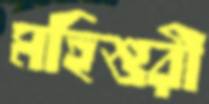
মহিশুরী